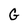
Character: G